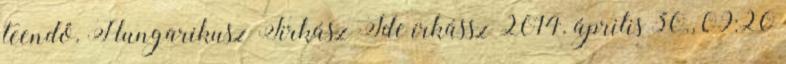
teendő. Hungarikusz Firkász Ide írkássz 2014. április 30., 09:20